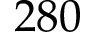
2 8 0